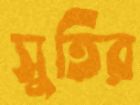
সুতির